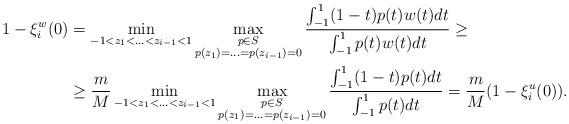
LaTeX: \begin{align*} 1-\xi_i^w(0)&=\min_{-1<z_1<\ldots<z_{i-1}<1}\max_{\substack{p\in S\\ p(z_1)=\ldots=p(z_{i-1})=0}}\frac{\int_{-1}^1(1-t)p(t)w(t)dt}{\int_{-1}^1p(t)w(t)dt}\geq\\ &\ge\frac{m}{M}\min_{-1<z_1<\ldots<z_{i-1}<1}\max_{\substack{p\in S\\ p(z_1)=\ldots=p(z_{i-1})=0}}\frac{\int_{-1}^1(1-t)p(t)dt}{\int_{-1}^1p(t)dt}=\frac{m}{M}(1-\xi_i^u(0)).\end{align*}